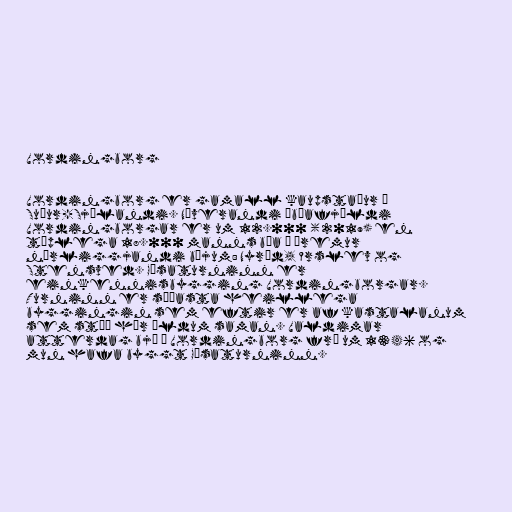
Vordingborg

Vordingborg er gamall kaupstaður á
Suður-Sjálandi. Núverandi íbúafjöldi
Vordingborgar er um 12.000 (2019) en
tæplega 18.000 manns búa í þremur
nærliggjandi bæjum: Nyråd, Ørslev og
Stensved. Gæsaturninn er
einkennisbygging Vordingborgar.
Turninn er síðasta heillega
byggingin sem eftir er af kastalanum
sem stóð hér öldum saman. Valdimar
atterdag bjó í Vordingborg frá um 1346 og
mun hafa byggt Gæsaturninn.